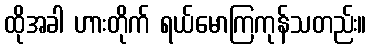
ထိုအခါ ဟားတိုက် ရယ်မောကြကုန်သတည်း။